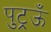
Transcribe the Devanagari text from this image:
पुट्रऊँ